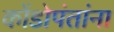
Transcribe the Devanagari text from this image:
कोंडोपंतांना